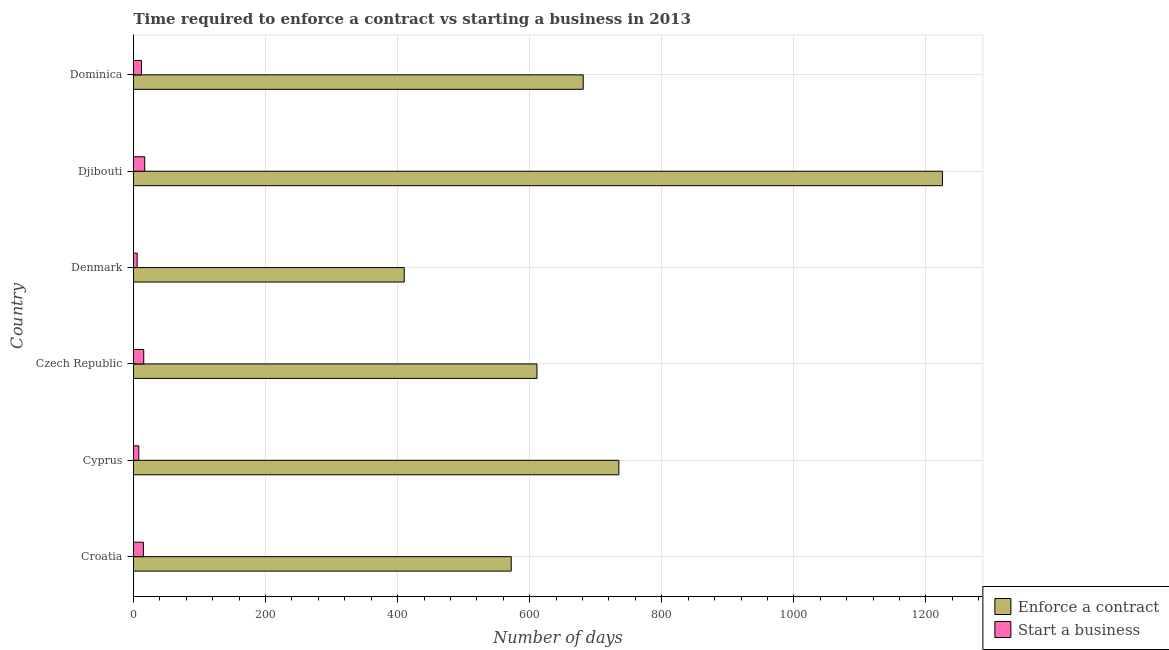
| Country | Enforce a contract | Start a business |
 | --- | --- | --- |
 | Croatia | 572 | 15 |
 | Cyprus | 735 | 8 |
 | Czech Republic | 611 | 15.5 |
 | Denmark | 410 | 5.5 |
 | Djibouti | 1.22e+03 | 17 |
 | Dominica | 681 | 12 |